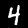
Digit: 4